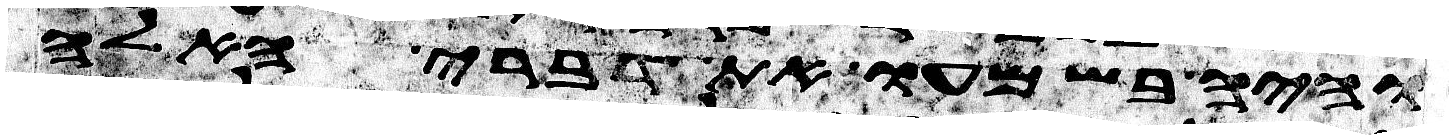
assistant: והיה בשמעו את דברי האלה